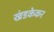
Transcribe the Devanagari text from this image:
खंडकेकर